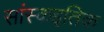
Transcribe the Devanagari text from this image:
सांस्कइतिक